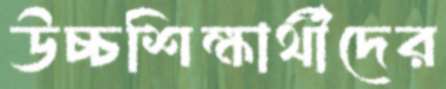
উচ্চশিক্ষার্থীদের